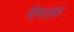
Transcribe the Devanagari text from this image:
पैगलर